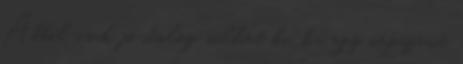
Abból csak jó dolog sülhet ki, ha egy népszerű